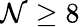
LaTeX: \mathcal{N}\geq8